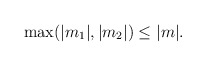
\begin{align*}\max(|m_1|,|m_2|)\leq |m|.\end{align*}